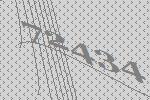
72434